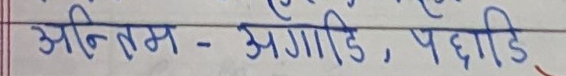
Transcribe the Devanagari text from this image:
अन्तिम - अगाडि, पछाडि